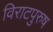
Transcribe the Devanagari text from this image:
विराटपुरुष